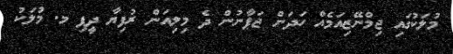
މުލަކުގައި ޖިމްނޭޒިއަމެއް ހަދަން ޖަޕާނުން ދެ މިލިއަން ރުފިޔާ ދީފި މ. މުލަކު